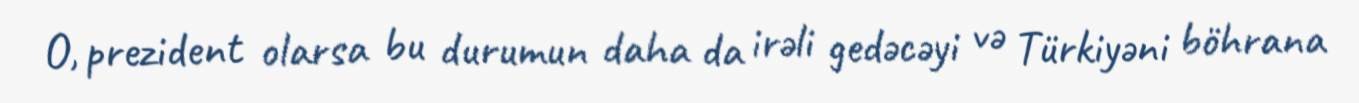
O, prezident olarsa bu durumun daha da irəli gedəcəyi və Türkiyəni böhrana